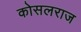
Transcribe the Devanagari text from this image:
कोसलराज